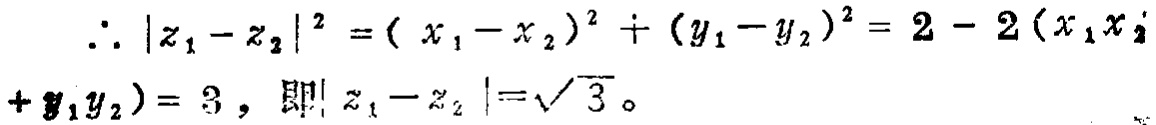
\(\therefore |z_{1}-z_{2}|^{2}=(x_{1}-x_{2})^{2}+(y_{1}-y_{2})^{2}=2 - 2(x_{1}x_{2}+y_{1}y_{2}) = 3，即|z_{1}-z_{2}|=\sqrt{3}。\)